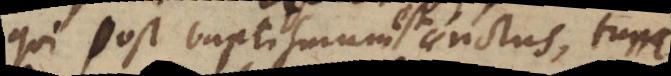
qui post baptismum est unctus, tum